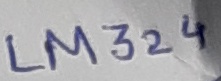
Text: LM324